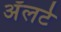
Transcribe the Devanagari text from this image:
अॅलर्ट